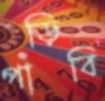
পাড়িবি